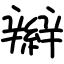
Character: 辮